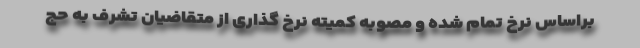
براساس نرخ تمام شده و مصوبه کمیته نرخ گذاری از متقاضیان تشرف به حج